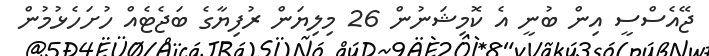
ޖޭއެސްސީ އިން ބުނީ އެ ކޮމިޝަނުން 26 މިލިޔަން ރުފިޔާގެ ބަޖެޓެއް ހުށަހެޅުމުން